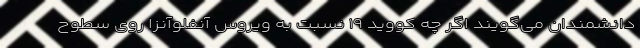
دانشمندان می‌گویند اگر چه کووید ۱۹ نسبت به ویروس آنفلوآنزا روی سطوح